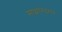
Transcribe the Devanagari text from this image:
माझानदरान